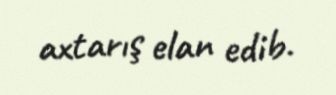
axtarış elan edib.